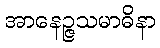
အာနေဉ္ဇသမာဓိနာ